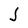
Character: J